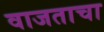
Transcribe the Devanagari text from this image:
वाजताचा